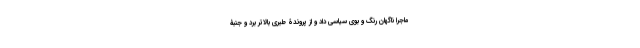
ماجرا ناگهان رنگ و بوی سیاسی داد و از پروندۀ طبری بالاتر برد و جنبۀ